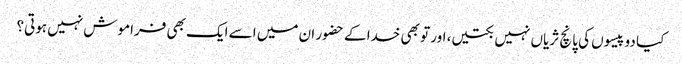
کیا دو پیسوں کی پانچ ثریاں نہیں بکتیں، اور تو بھی خدا کے حضور ان میں اسے ایک بھی فراموش نہیں ہوتی؟